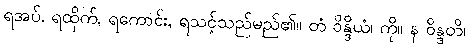
ရအပ်, ရထိုက်, ရကောင်း, ရသင့်သည်မည်၏။ တံ ဝိန္ဒိယံ၊ ကို။ န ဝိန္ဒတိ၊